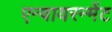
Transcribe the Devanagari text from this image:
एन्वायरन्मेंट